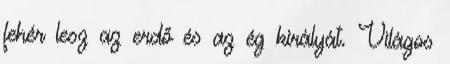
fehér lesz az erdő és az ég királyát. Világos